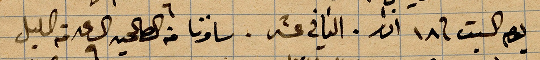
يوم السبت في ١٨ اذار. الثاني عشر. سافرنا من الصالحيه الساعة ٩ من الليل